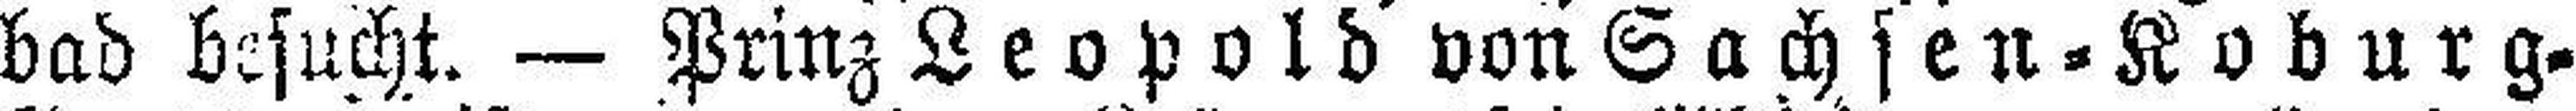
bad besucht. — Prinz Leopold von Sachsen = Koburg=